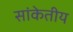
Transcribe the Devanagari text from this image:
सांकेतीय